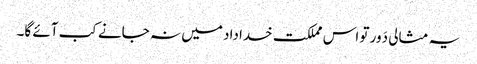
یہ مثالی دَور تو اس مملکت خداداد میں نہ جانے کب آئے گا۔